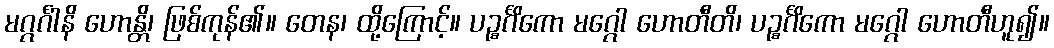
မဂ္ဂင်္ဂါနိ ဟောန္တိ၊ ဖြစ်ကုန်၏။ တေန၊ ထို့ကြောင့်။ ပဉ္စင်္ဂိကော မဂ္ဂေါ ဟောတီတိ၊ ပဉ္စင်္ဂိကော မဂ္ဂေါ ဟောတီဟူ၍။